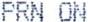
PRN ON